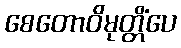
စေတောဝိမုတ္တိံပေ